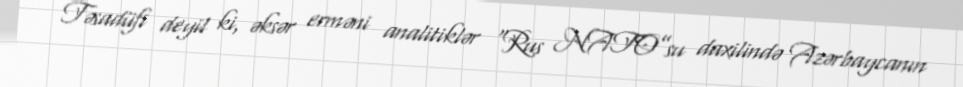
Təsadüfi deyil ki, əksər erməni analitiklər “Rus NATO”su daxilində Azərbaycanın